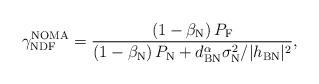
LaTeX: \begin{align*}\gamma_{\textrm{NDF}}^{\textrm{NOMA}}=\frac{\left(1-\beta_{\textrm{N}} \right)P_\textrm{F} }{\left(1-\beta_{\textrm{N}} \right)P_\textrm{N} + {d_{\textrm{BN}}^{\alpha} \sigma_{\textrm{N}}^2} / {|h_{\textrm{BN}}|^2}},\end{align*}